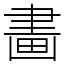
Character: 畵